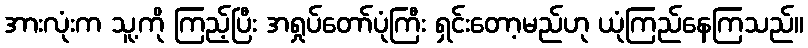
အားလုံးက သူ့ကို ကြည့်ပြီး အရှုပ်တော်ပုံကြီး ရှင်းတော့မည်ဟု ယုံကြည်နေကြသည်။